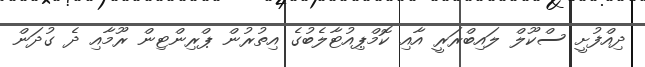
ދިއްފުށީ ސްކޫލް ލައިބްރަރީ އާއި ކޮމްޕިއުޓާލެބުގެ އިތުރުން ޕްރިންޓިން ރޫމާއި ދެ ގުދަން